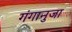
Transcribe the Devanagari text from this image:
गंगानुजा